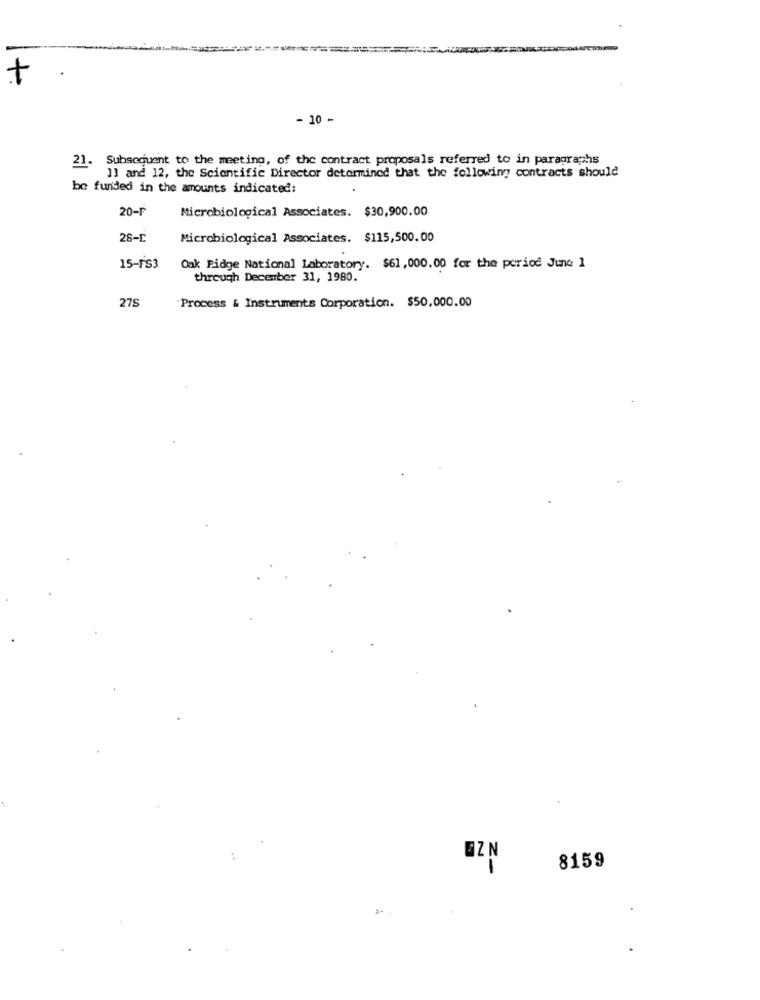
+
- 10 -
21. Subsequent to the meeting, of the contract proposals referred to in paragraphs
1] and 12, the Scientific Director determined that the following contracts should
be funded in the amounts indicated:
20-F
Microbiological Associates. $30,900.00
26-E
Microbiological Associates. $115,500.00
15-FS3
Oak Pidge National Laboratory. $61, 000.00 for the period June 1
through December 31, 1980.
27S
Process & Instruments Corporation. $50,000.00
UZN
Z-
8159